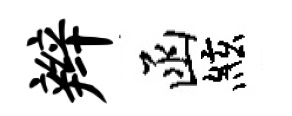
辫函絃